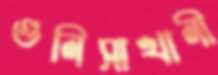
গুলিসাখালী